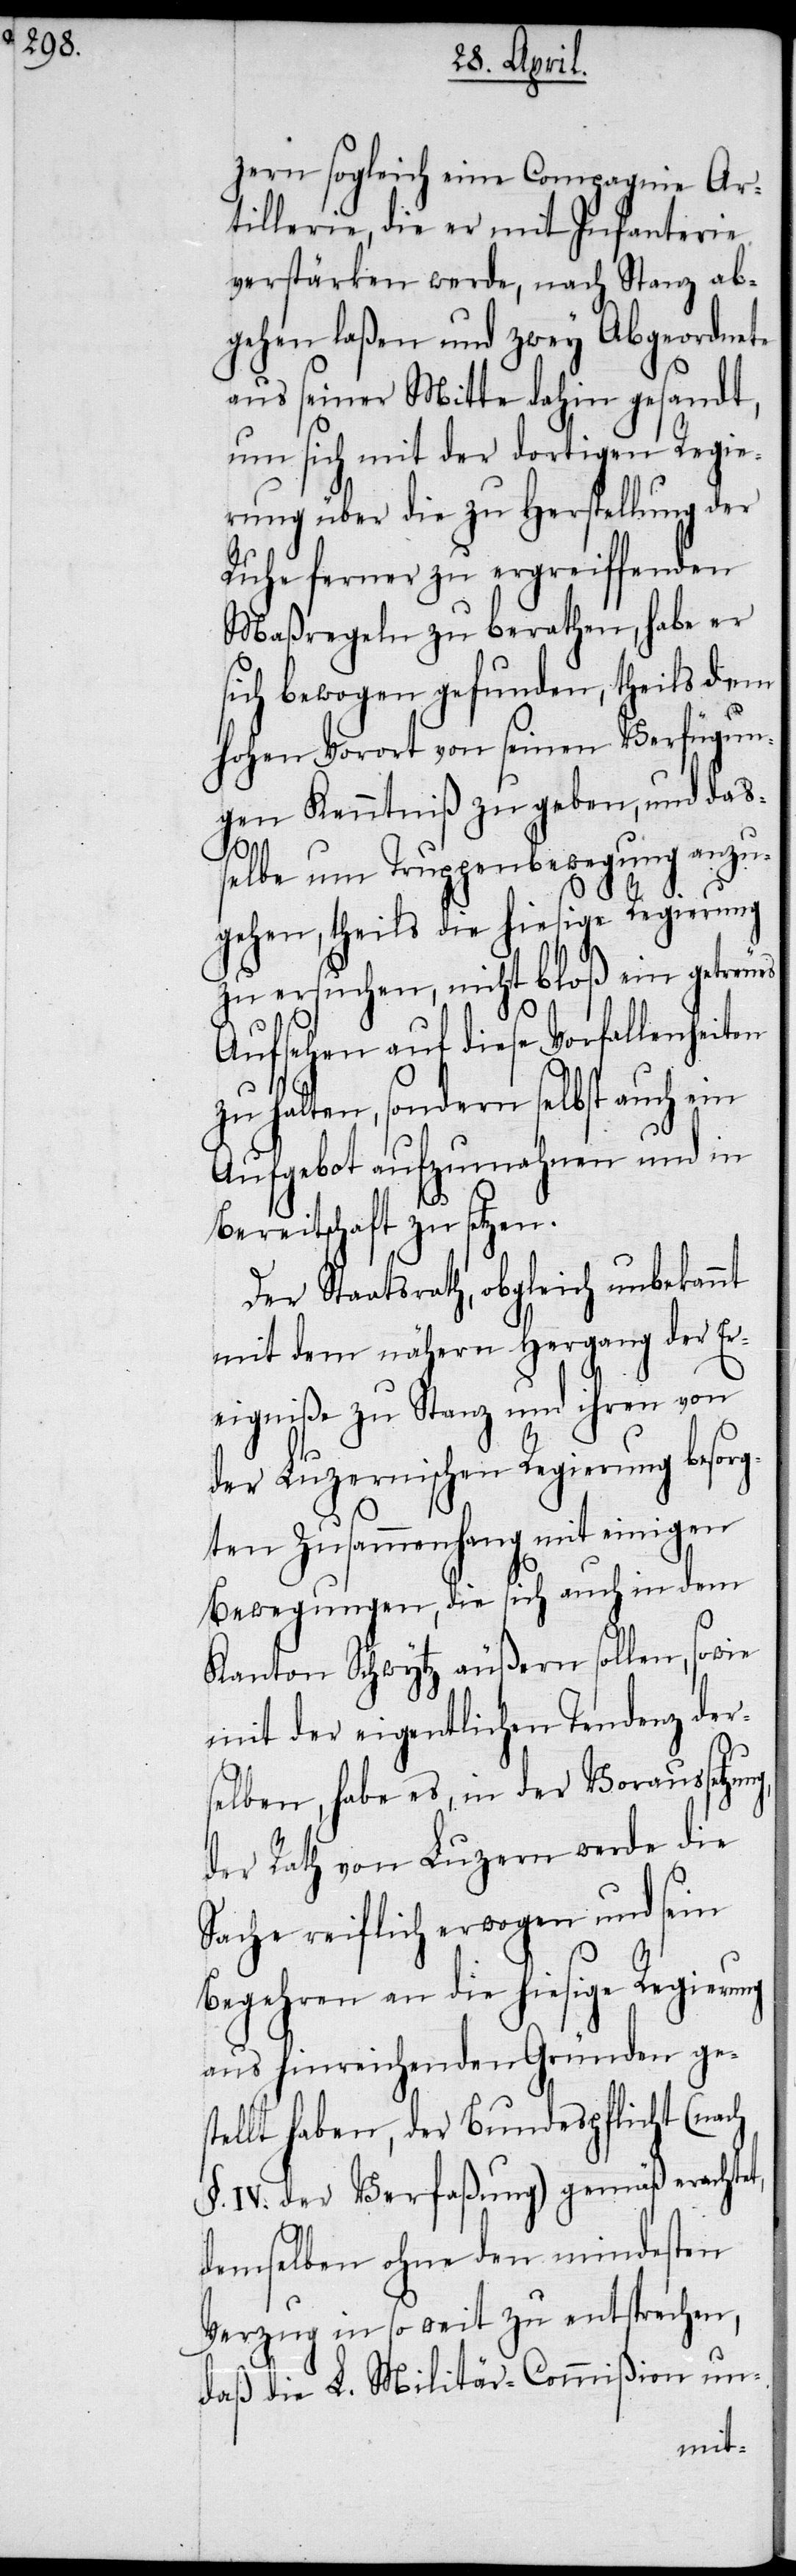
zern sogleich eine Compagnie Ar¬
tillerie, die er mit Infanterie
verstärken werde, nach Stanz ab¬
gehen laßen und zwey Abgeordnete
aus seiner Mitte dahin gesandt,
um sich mit der dortigen Regie¬
rung über die zu Herstellung der
Ruhe ferner zu ergreiffenden
Maßregeln zu berathen, habe er
sich bewogen gefunden, theils dem
hohen Vorort von seinen Verfügun¬
gen Kenntniß zu geben, und dass¬
t,
elbe um Truppenbewegung anzu¬
gehen, theils die hiesige Regierung
zu ersuchen, nicht bloß ein getreues
Aufsehen auf diese Vorfallenhe¬
zu halten, sondern selbst auch ein
Aufgebot aufzumahnen und in
Bereitschaft zu setzen.
Der Staatsrath, obgleich unbekannt
mit dem nähern Hergang der Er¬
eigniße zu Stanz und ihren von
der Luzernischen Regierung besorg¬
ten Zusammenhang mit einigen
Bewegungen, die sich auch in dem
Kanton Schwytz äußern sollen, sowie
mit der eigentlichen Tendenz der¬
selben, habe es, in der Voraussetzu¬
der Rath von Luzern werde die
Sache reiflich erwogen und sein
Begehren an die hiesige Regierung
aus hinreichenden Gründen ges¬
tellt haben, der Bundespflicht (nach
§. IV. der Verfaßung) gemäß erachte¬
demselben ohne den mindesten
Verzug in so weit zu entsprechen,
daß die L. Militär-Commißion un-
iten